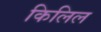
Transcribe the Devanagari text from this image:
किलिल